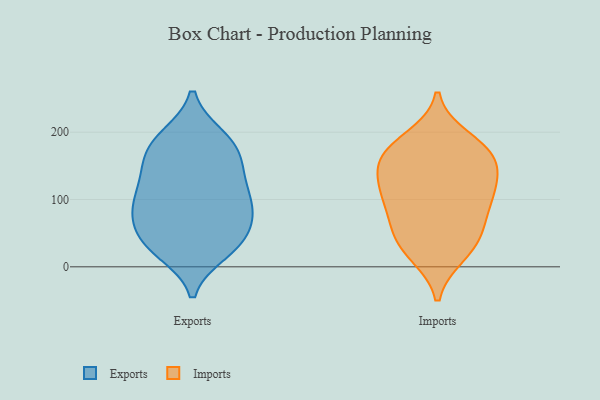
{"axis": {"x": "Backlog", "y": "Value"}, "legend": ["Exports", "Imports"], "data": [{"x": "", "y": 124, "type": "Exports"}, {"x": "", "y": 112, "type": "Exports"}, {"x": "", "y": 36, "type": "Exports"}, {"x": "", "y": 151, "type": "Exports"}, {"x": "", "y": 78, "type": "Exports"}, {"x": "", "y": 86, "type": "Exports"}, {"x": "", "y": 30, "type": "Exports"}, {"x": "", "y": 89, "type": "Exports"}, {"x": "", "y": 171, "type": "Exports"}, {"x": "", "y": 193, "type": "Exports"}, {"x": "", "y": 75, "type": "Exports"}, {"x": "", "y": 161, "type": "Exports"}, {"x": "", "y": 138, "type": "Exports"}, {"x": "", "y": 22, "type": "Exports"}, {"x": "", "y": 106, "type": "Exports"}, {"x": "", "y": 29, "type": "Exports"}, {"x": "", "y": 68, "type": "Exports"}, {"x": "", "y": 186, "type": "Exports"}, {"x": "", "y": 42, "type": "Exports"}, {"x": "", "y": 192, "type": "Exports"}, {"x": "", "y": 109, "type": "Imports"}, {"x": "", "y": 46, "type": "Imports"}, {"x": "", "y": 101, "type": "Imports"}, {"x": "", "y": 18, "type": "Imports"}, {"x": "", "y": 52, "type": "Imports"}, {"x": "", "y": 161, "type": "Imports"}, {"x": "", "y": 119, "type": "Imports"}, {"x": "", "y": 191, "type": "Imports"}, {"x": "", "y": 20, "type": "Imports"}, {"x": "", "y": 176, "type": "Imports"}, {"x": "", "y": 138, "type": "Imports"}, {"x": "", "y": 154, "type": "Imports"}, {"x": "", "y": 156, "type": "Imports"}, {"x": "", "y": 85, "type": "Imports"}, {"x": "", "y": 177, "type": "Imports"}, {"x": "", "y": 103, "type": "Imports"}, {"x": "", "y": 52, "type": "Imports"}]}